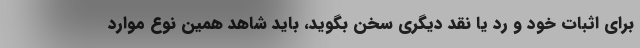
برای اثبات خود و رد یا نقد دیگری سخن بگوید، باید شاهد همین نوع موارد